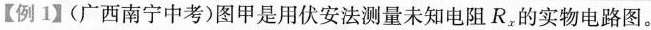
【例1】(广西南宁中考)图甲是用伏安法测量未知电阻R_{x}的实物电路图。